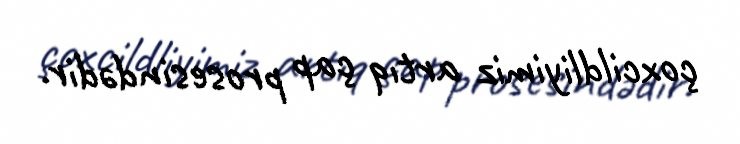
çoxcildliyimiz artıq çap prosesindədir.